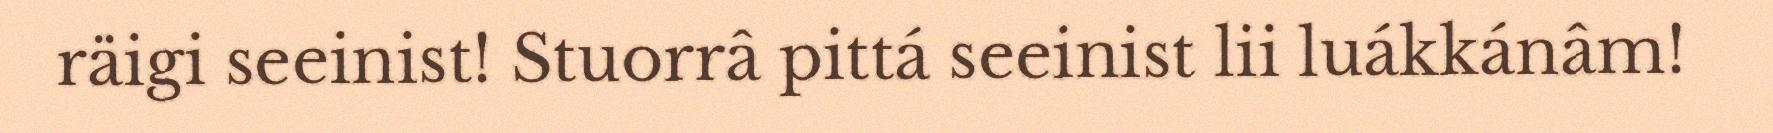
räigi seeinist! Stuorrâ pittá seeinist lii luákkánâm!